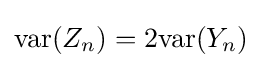
\mathrm {var} (Z_{n})=2\mathrm {var} (Y_{n})